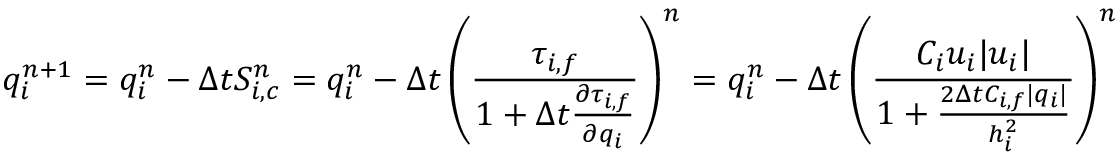
q _ { i } ^ { n + 1 } = q _ { i } ^ { n } - \Delta t S _ { i , c } ^ { n } = q _ { i } ^ { n } - \Delta t \left( \frac { \tau _ { i , f } } { 1 + \Delta t \frac { \partial \tau _ { i , f } } { \partial q _ { i } } } \right) ^ { n } = q _ { i } ^ { n } - \Delta t \left( \frac { C _ { i } u _ { i } | u _ { i } | } { 1 + \frac { 2 \Delta t C _ { i , f } | q _ { i } | } { h _ { i } ^ { 2 } } } \right) ^ { n }